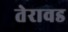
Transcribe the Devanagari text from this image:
तेरावड